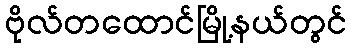
ဗိုလ်တထောင်မြို့နယ်တွင်